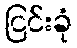
ငြင်းခုံ